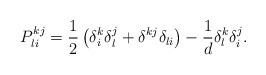
LaTeX: \begin{align*} P^{kj}_{li} = \frac12\left(\delta^k_i\delta^j_l +\delta^{kj}\delta_{li} \right) - \frac1d \delta^k_l \delta^j_i.\end{align*}